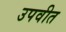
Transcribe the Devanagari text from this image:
उपवीत